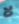
لا